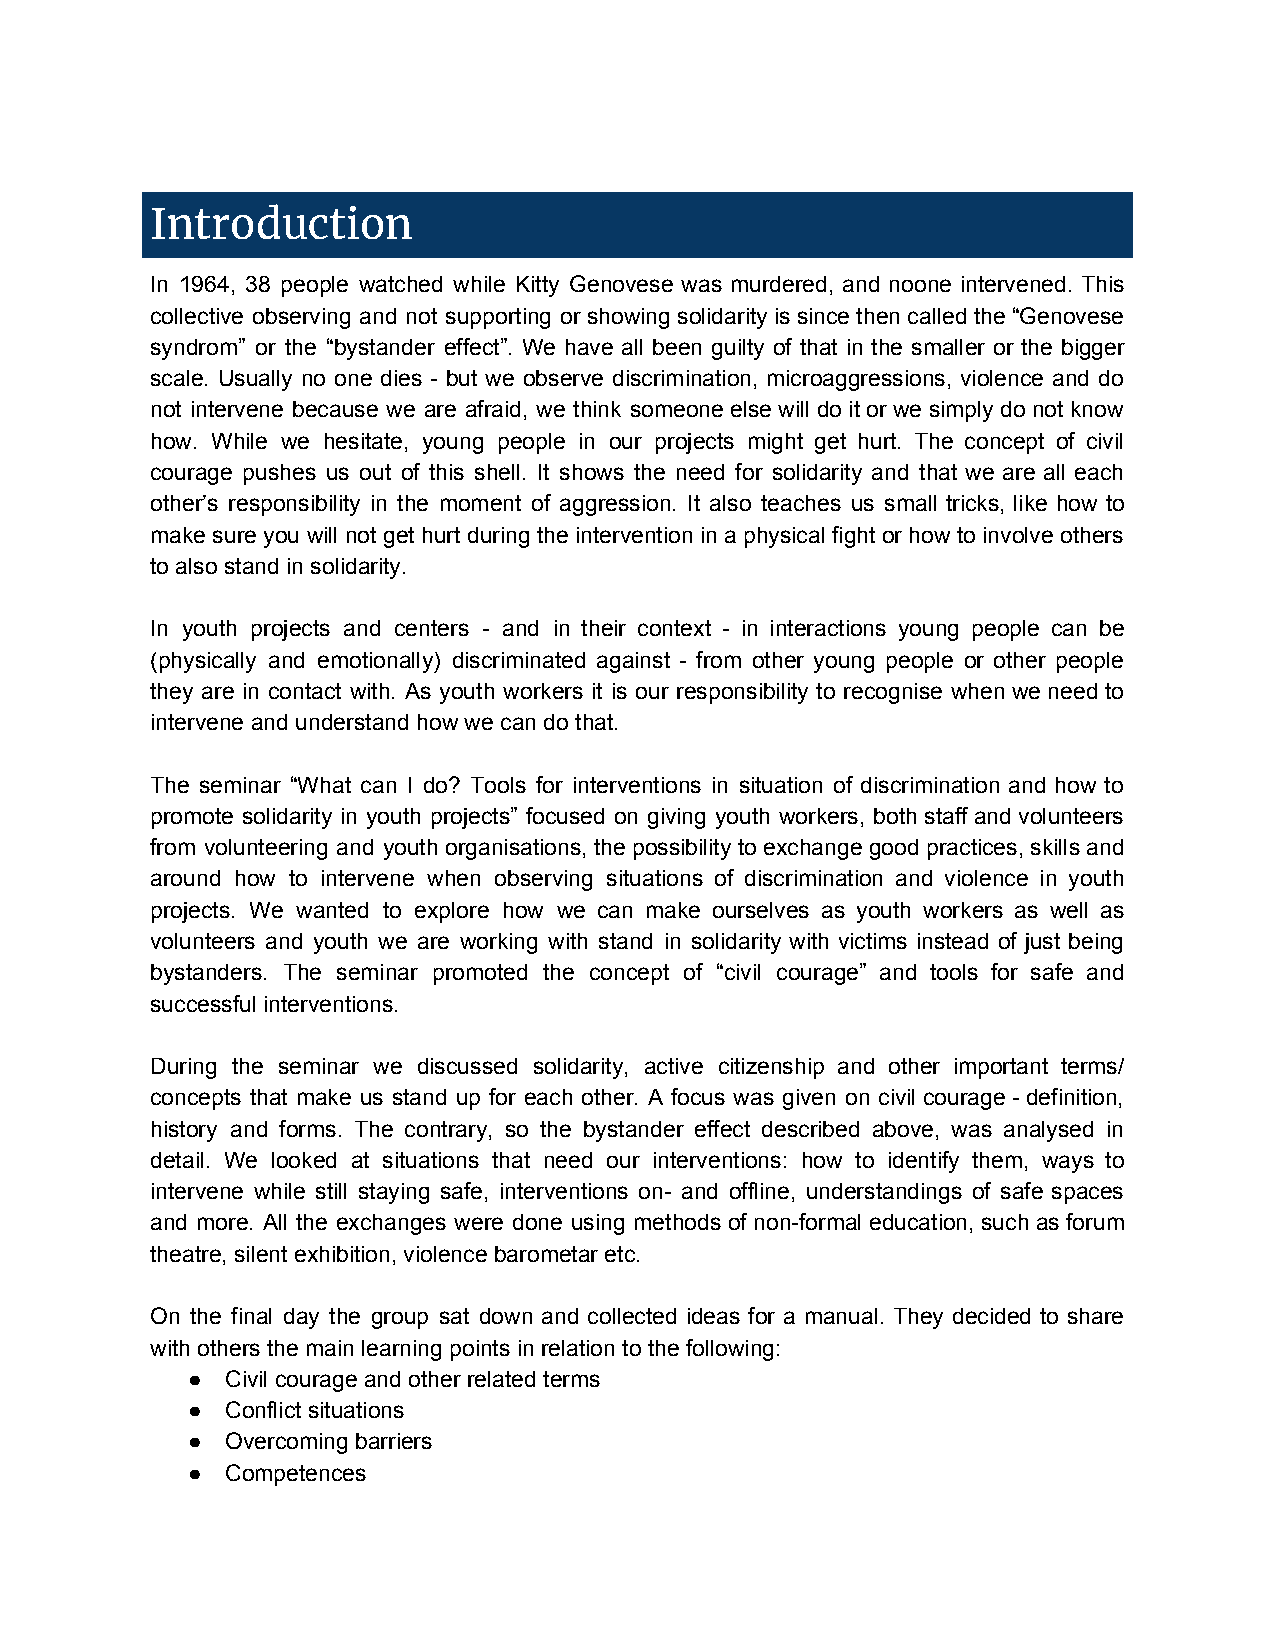
Introduction
 In 1964, 38 people watched while Kitty Genovese was murdered, and noone intervened. This
 collective observing and not supporting or showing solidarity is since then called the “Genovese
 syndrom” or the “bystander effect”. We have all been guilty of that in the smaller or the bigger
 scale. Usually no one dies - but we observe discrimination, microaggressions, violence and do
 not intervene because we are afraid, we think someone else will do it or we simply do not know
 how. While we hesitate, young people in our projects might get hurt. The concept of civil
 courage pushes us out of this shell. It shows the need for solidarity and that we are all each
 other’s responsibility in the moment of aggression. It also teaches us small tricks, like how to
 make sure you will not get hurt during the intervention in a physical fight or how to involve others
 to also stand in solidarity.
 In youth projects and centers - and in their context - in interactions young people can be
 (physically and emotionally) discriminated against - from other young people or other people
 they are in contact with. As youth workers it is our responsibility to recognise when we need to
 intervene and understand how we can do that.
 The seminar “What can I do? Tools for interventions in situation of discrimination and how to
 promote solidarity in youth projects” focused on giving youth workers, both staff and volunteers
 from volunteering and youth organisations, the possibility to exchange good practices, skills and
 around how to intervene when observing situations of discrimination and violence in youth
 projects. We wanted to explore how we can make ourselves as youth workers as well as
 volunteers and youth we are working with stand in solidarity with victims instead of just being
 bystanders. The seminar promoted the concept of “civil courage” and tools for safe and
 successful interventions.
 During the seminar we discussed solidarity, active citizenship and other important terms/
 concepts that make us stand up for each other. A focus was given on civil courage - definition,
 history and forms. The contrary, so the bystander effect described above, was analysed in
 detail. We looked at situations that need our interventions: how to identify them, ways to
 intervene while still staying safe, interventions on- and offline, understandings of safe spaces
 and more. All the exchanges were done using methods of non-formal education, such as forum
 theatre, silent exhibition, violence barometar etc.
 On the final day the group sat down and collected ideas for a manual. They decided to share
 with others the main learning points in relation to the following:
 ●  Civil courage and other related terms
 ●  Conflict situations
 ●  Overcoming barriers
 ●  Competences